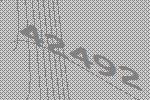
42492